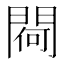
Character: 𨵅